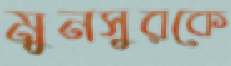
মুনসুরকে